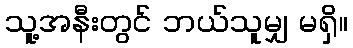
သူ့အနီးတွင် ဘယ်သူမျှ မရှိ။